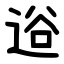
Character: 逧